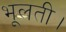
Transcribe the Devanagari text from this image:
भूलती।